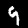
Digit: 9